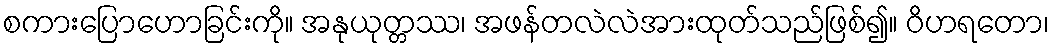
စကားပြောဟောခြင်းကို။ အနုယုတ္တဿ၊ အဖန်တလဲလဲအားထုတ်သည်ဖြစ်၍။ ဝိဟရတော၊